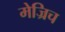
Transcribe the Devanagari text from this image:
मेज्रिच